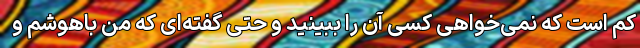
کم است که نمی‌خواهی کسی آن را ببینید و حتی گفته‌ای که من باهوشم و